Bréfritari: Aðalbjartur Bjarnason (Albert Arnason)
Dagsetning: A-1879-02-09
Skrifað á: Vesturheimi

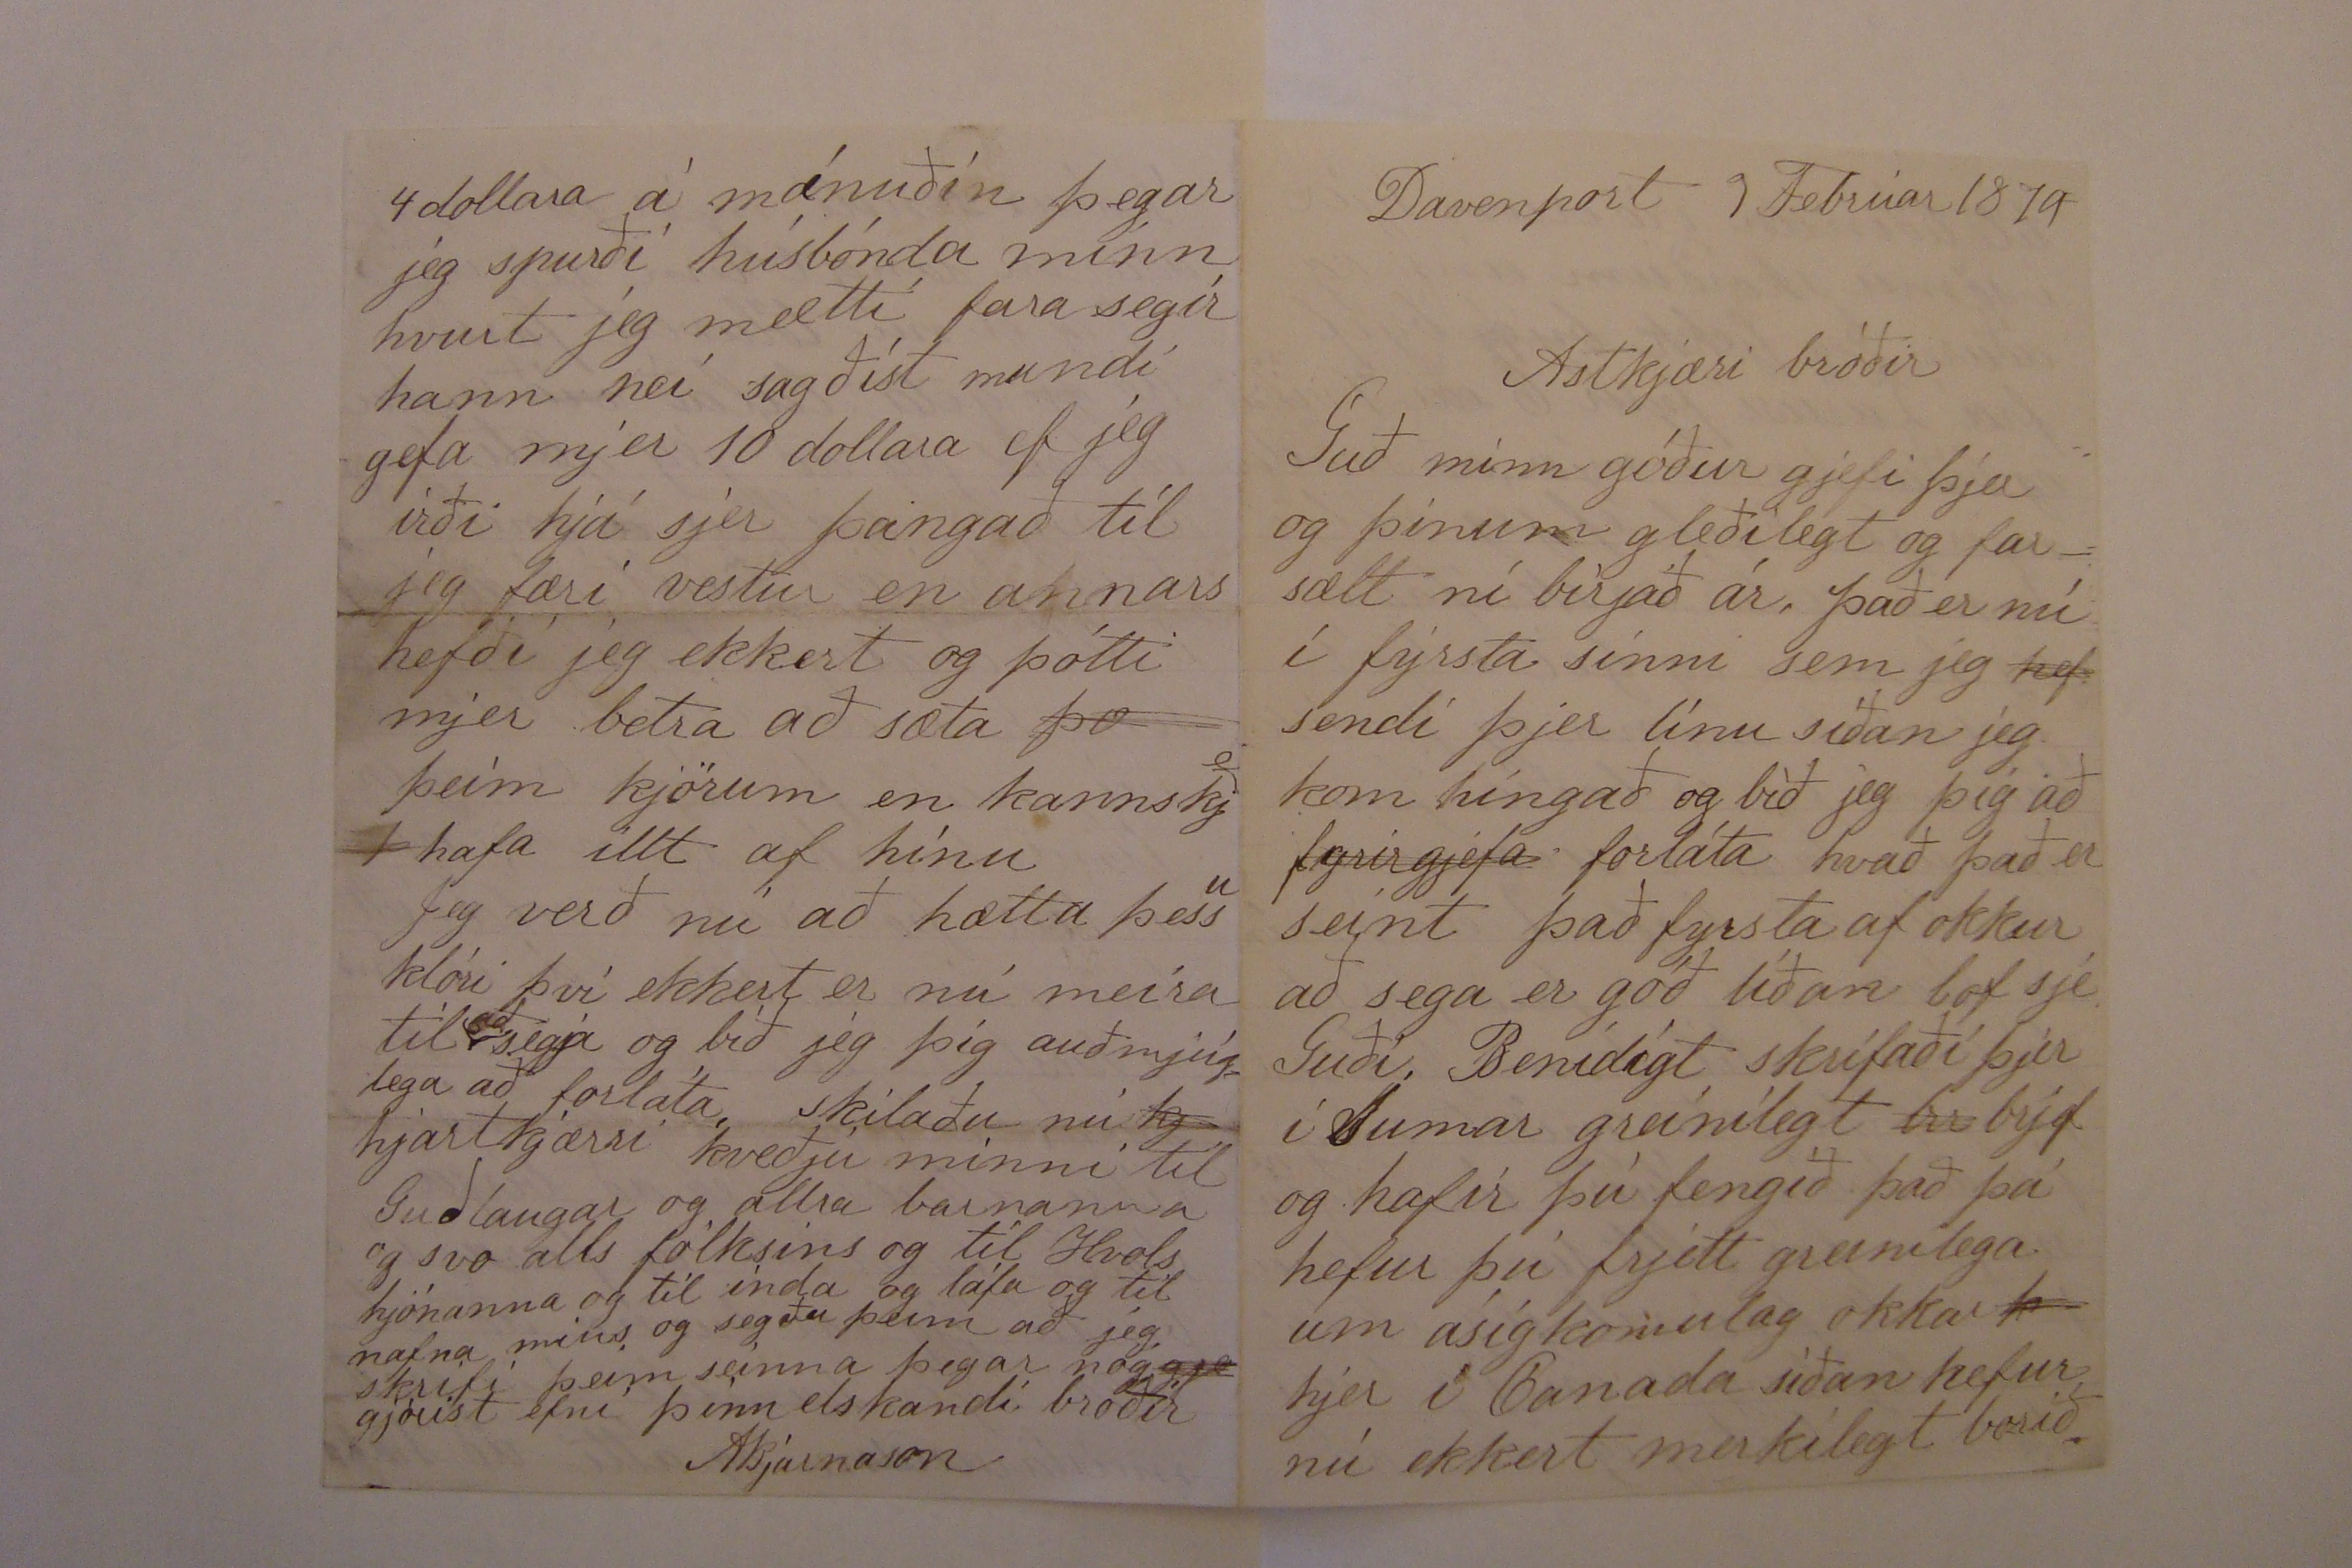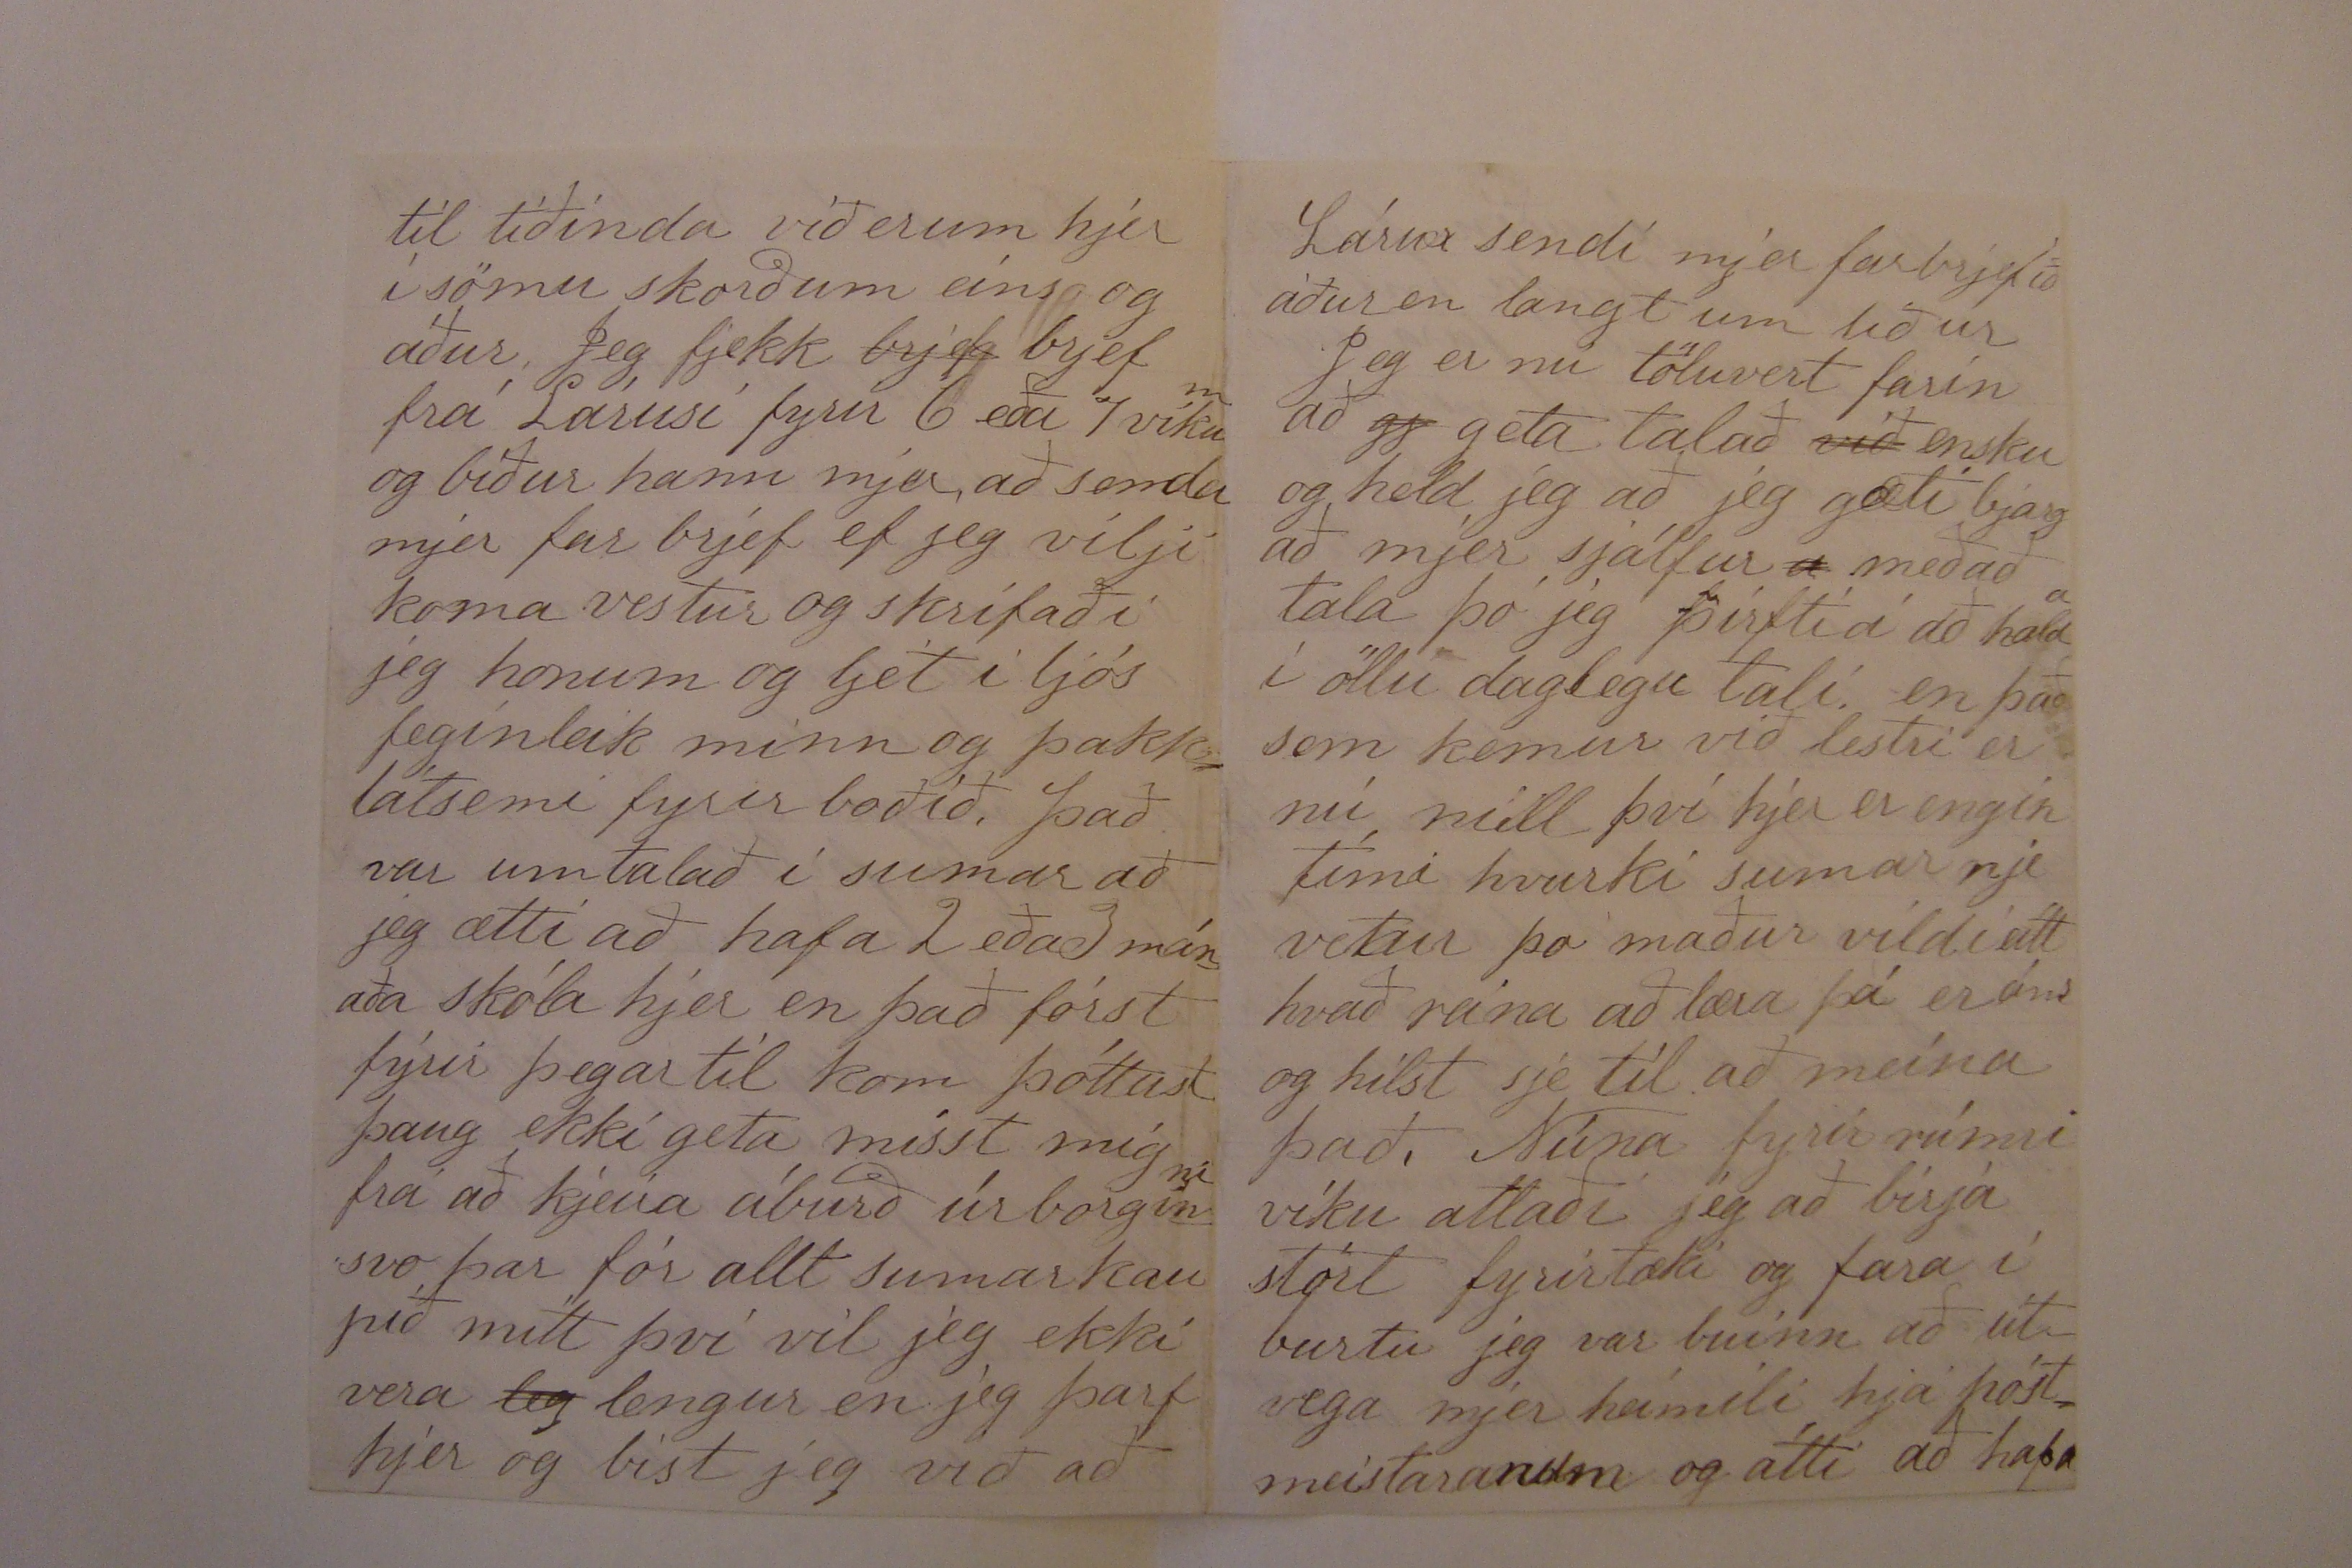

Davenport 9 Febrúar 1879
Astkjæri bróðir
Guð minn góður gjefi þjer og þínum gleðilegt og farsælt ní birjað ár. það er nú í fyrsta sinni sem jeg
hef
sendi þjer línu síðan jeg kom híngað og bið jeg þig að að
fyrirgjefa
forláta hvað það er seint það fyrsta af okkur að sega er góð líðan lof sje Guði. Benidigt skrifaði þjer í Sumar greinilegt
br
brjef og hafir þú fengið það þá hefur þú frjett greinilega um ásigkomulag okkar
00
hjer í Canada síðan hefur nú ekkert merkilegt borið
til tíðinda við erum hjer í sömu skorðum eins og áður. Jeg fjekk
brjef
brjef frá Lárusi fyrir 6 eða 7 vikum og bíður hann mjer að senda mjer far brjef ef jeg vilji koma vestur og skrifaði jeg honum og ljet í ljós feginleik minn og þakklátsemi fyrir boðið, það var umtalað í sumar að jeg ætti að hafa 2 eða 3 mánaða skóla hjer en það fórst fyrir þegar til kom þóttust þaug ekki geta misst mig frá að kjeira áburð úr borginni svo þar fór allt sumar kaupið mitt því vil jeg ekki vera
leg
lengur en jeg þarf hjer og bíst jeg við að
Lárus sendi mjer farbrjefið áður en langt um líður
Jeg er nú töluvert farin að
gj
geta talað
við
ensku og held jeg að jeg gæti bjargað mjer sjálfur
a
með að tala þó jeg þirfti á að halda í öllu daglegu tali en það sem kemur við lestri er nú núll því hjer er engin tími hvurki sumar nje vetur þó maður vildi eitt hvað reina að læra þá er eins og hilst sje til að meina það. Núna fyrir rúmri viku atlaði jeg að birja stórt fyrirtæki og fara í burtu jeg var buinn að út vega mjer heimili hjá póstmeistaranum og átti að hafa
4 dollara á mánuðin þegar jeg spurði húsbónda minn hvurt jeg mætti fara segir hann nei sagðist mundi gefa mjer 10 dollara ef jeg irði hjá sjer þangað til jeg færi vestur en annars hefði jeg ekkert og þótti mjer betra að sæta
þo
þeim kjörum en kannskje hafa illt af hinu
Jeg verð nú að hætta þessu klóri því ekkert er nú meira til
að
segja og bið jeg þig auðmjúglega að forláta. Skilaðu nú
kj
hjartkjærri kveðju minni til Guðlaugar og allra barnanna og svo alls fólksins og til Hvols hjónanna og til inda og
láfa
og til nafna míns og segðu þeim að jeg skrifi þeim seinna þegar nóg
gje
gjorist efni þinn elskandi broðir
ABjarnason